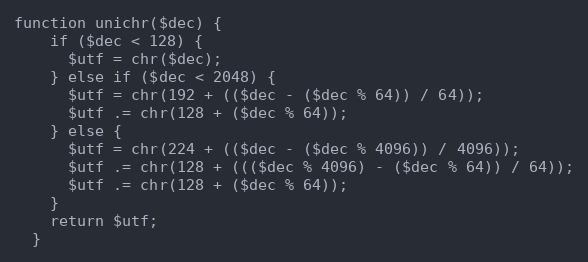
Language: PHP
function unichr($dec) {
    if ($dec < 128) {
      $utf = chr($dec);
    } else if ($dec < 2048) {
      $utf = chr(192 + (($dec - ($dec % 64)) / 64));
      $utf .= chr(128 + ($dec % 64));
    } else {
      $utf = chr(224 + (($dec - ($dec % 4096)) / 4096));
      $utf .= chr(128 + ((($dec % 4096) - ($dec % 64)) / 64));
      $utf .= chr(128 + ($dec % 64));
    }
    return $utf;
  }